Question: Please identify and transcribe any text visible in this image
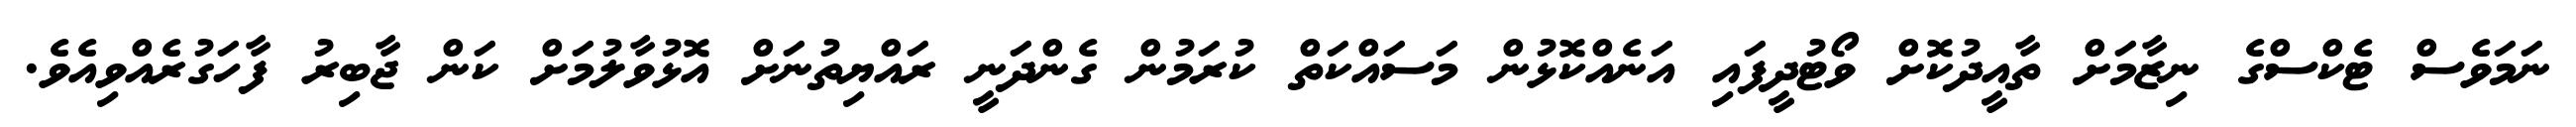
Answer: ނަމަވެސް ޓެކްސްގެ ނިޒާމަށް ތާއީދުކޮށް ވޯޓުދީފައި އަނެއްކޮޅުން މަސައްކަތް ކުރަމުން ގެންދަނީ ރައްޔިތުނަށް އޮޅުވާލުމަށް ކަން ޖާބިރު ފާހަގުރެއްވިއެވެ.